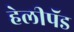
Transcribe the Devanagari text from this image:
हेलीपॅड